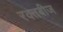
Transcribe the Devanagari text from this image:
रक्‍तबीज